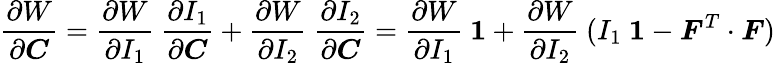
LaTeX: {\frac{\partial W}{\partial{\boldsymbol{C}}}}={\frac{\partial W}{\partial I_{1}}}~{\frac{\partial I_{1}}{\partial{\boldsymbol{C}}}}+{\frac{\partial W}{\partial I_{2}}}~{\frac{\partial I_{2}}{\partial{\boldsymbol{C}}}}={\frac{\partial W}{\partial I_{1}}}~{\boldsymbol{\mathit{1}}}+{\frac{\partial W}{\partial I_{2}}}~(I_{1}~{\boldsymbol{\mathit{1}}}-{\boldsymbol{F}}^{T}\cdot{\boldsymbol{F}})